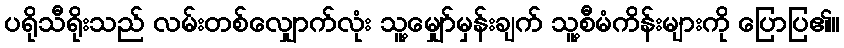
ပရိုသီရိုးသည် လမ်းတစ်လျှောက်လုံး သူ့မျှော်မှန်းချက် သူ့စီမံကိန်းများကို ပြောပြ၏။